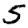
Digit: 5